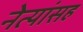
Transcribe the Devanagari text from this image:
नेत्यांसह